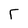
Character: F